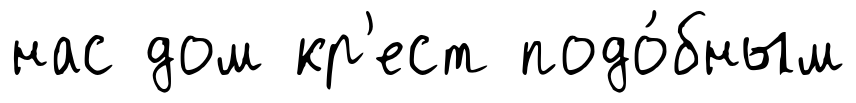
нас дом кр'ест подо́бным